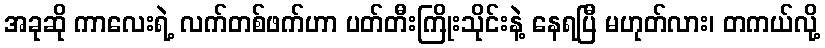
အခုဆို ကာလေးရဲ့ လက်တစ်ဖက်ဟာ ပတ်တီးကြိုးသိုင်းနဲ့ နေရပြီ မဟုတ်လား၊ တကယ်လို့